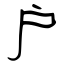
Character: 户